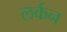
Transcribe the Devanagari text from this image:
लर्कन